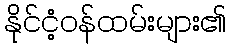
နိုင်ငံ့ဝန်ထမ်းများ၏